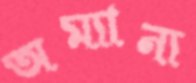
অম্যান্য